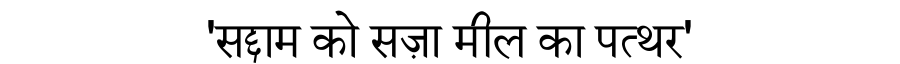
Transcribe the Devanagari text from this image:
'सद्दाम को सज़ा मील का पत्थर'